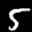
Label: 5